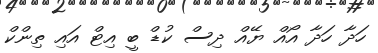
ހަދާ ހަދާ އޯއް ޔޭއް ދިސް ކުޑް ބީ އިޓް އައި ތިންކް